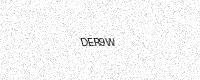
Text: DER9W